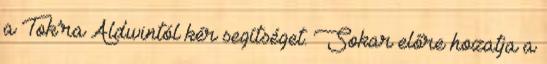
a Tok’ra Aldwintól kér segítséget. Sokar előre hozatja a